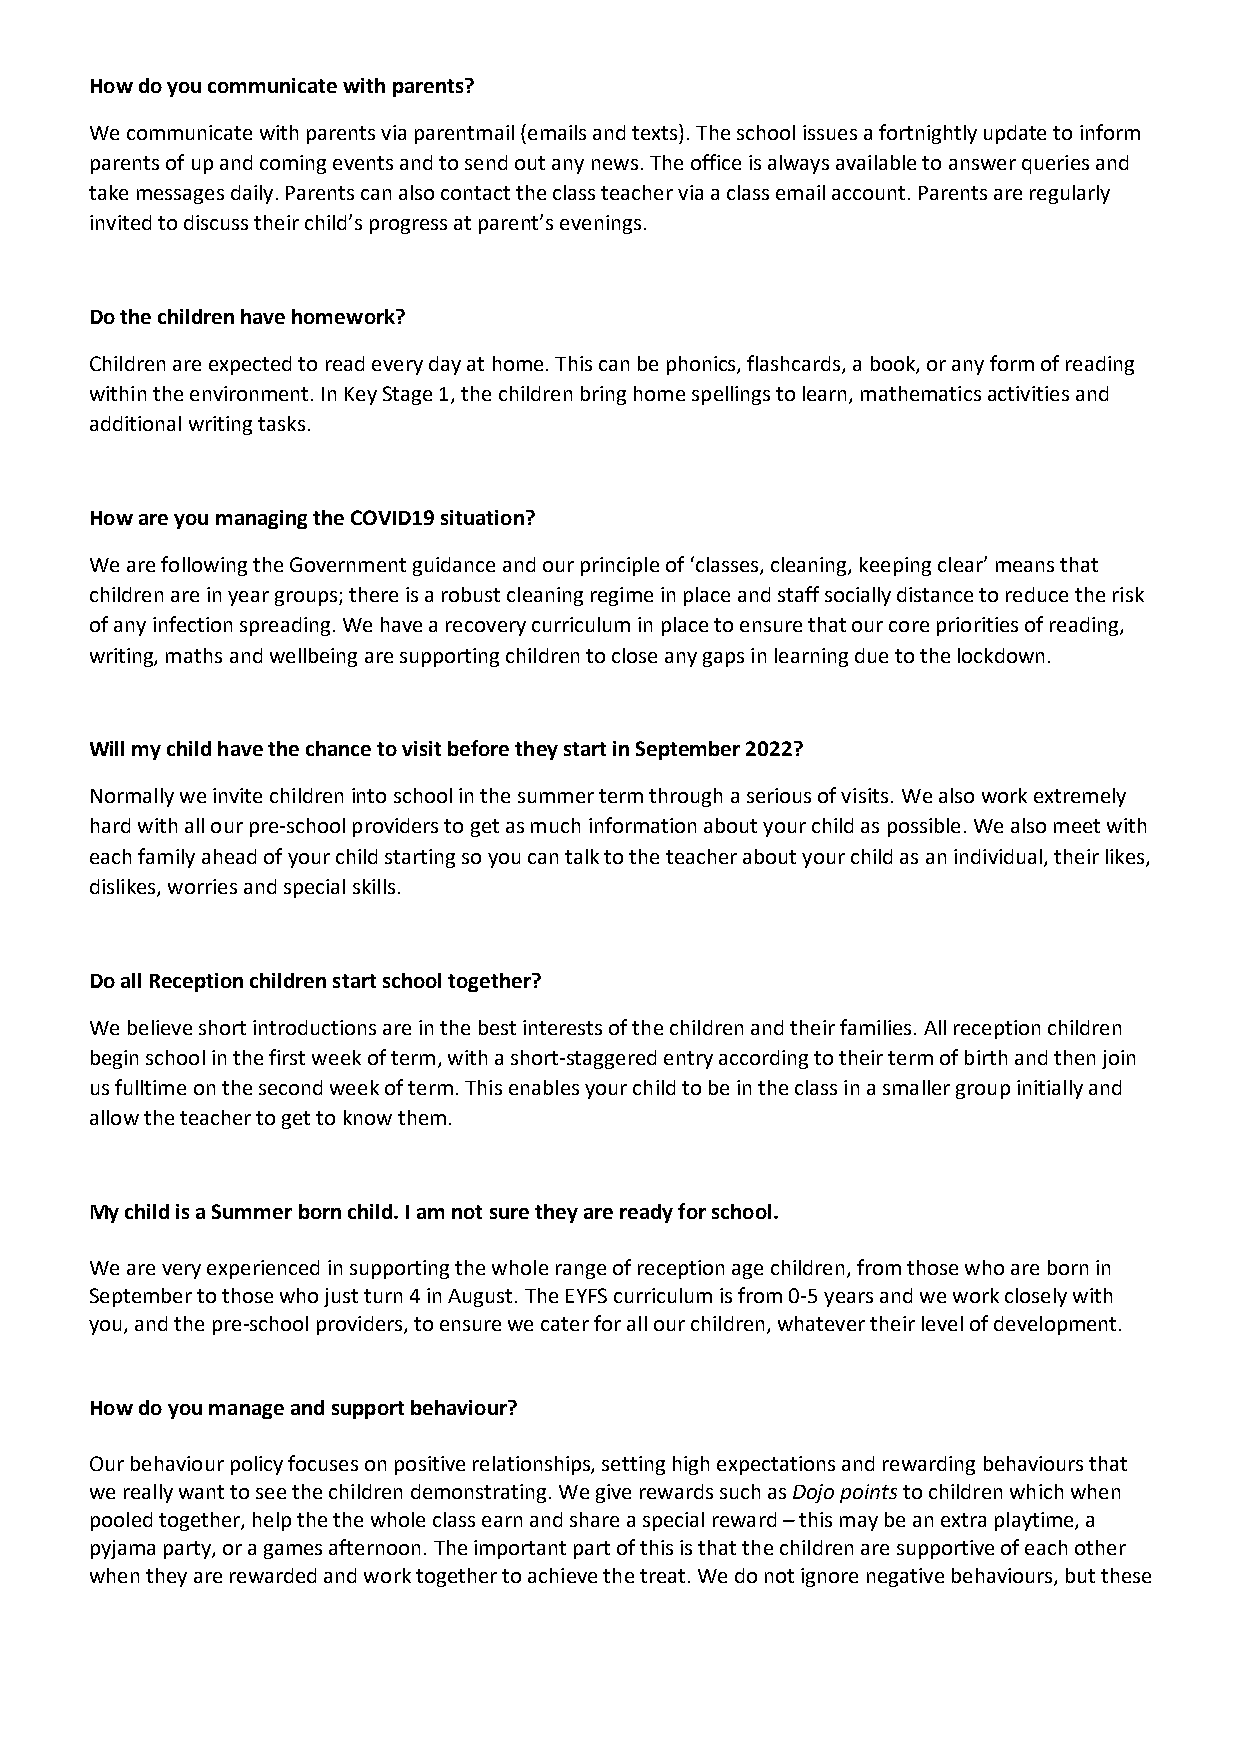
How do you communicate with parents?
 We communicate with parents via parentmail (emails and texts). The school issues a fortnightly update to inform
 parents of up and coming events and to send out any news. The office is always available to answer queries and
 take messages daily. Parents can also contact the class teacher via a class email account. Parents are regularly
 invited to discuss their child’s progress at parent’s evenings.
 Do the children have homework?
 Children are expected to read every day at home. This can be phonics, flashcards, a book, or any form of reading
 within the environment. In Key Stage 1, the children bring home spellings to learn, mathematics activities and
 additional writing tasks.
 How are you managing the COVID19 situation?
 We are following the Government guidance and our principle of ‘classes, cleaning, keeping clear’ means that
 children are in year groups; there is a robust cleaning regime in place and staff socially distance to reduce the risk
 of any infection spreading. We have a recovery curriculum in place to ensure that our core priorities of reading,
 writing, maths and wellbeing are supporting children to close any gaps in learning due to the lockdown.
 Will my child have the chance to visit before they start in September 2022?
 Normally we invite children into school in the summer term through a serious of visits. We also work extremely
 hard with all our pre-school providers to get as much information about your child as possible. We also meet with
 each family ahead of your child starting so you can talk to the teacher about your child as an individual, their likes,
 dislikes, worries and special skills.
 Do all Reception children start school together?
 We believe short introductions are in the best interests of the children and their families. All reception children
 begin school in the first week of term, with a short-staggered entry according to their term of birth and then join
 us fulltime on the second week of term. This enables your child to be in the class in a smaller group initially and
 allow the teacher to get to know them.
 My child is a Summer born child. I am not sure they are ready for school.
 We are very experienced in supporting the whole range of reception age children, from those who are born in
 September to those who just turn 4 in August. The EYFS curriculum is from 0-5 years and we work closely with
 you, and the pre-school providers, to ensure we cater for all our children, whatever their level of development.
 How do you manage and support behaviour?
 Our behaviour policy focuses on positive relationships, setting high expectations and rewarding behaviours that
 we really want to see the children demonstrating. We give rewards such as Dojo points to children which when
 pooled together, help the the whole class earn and share a special reward – this may be an extra playtime, a
 pyjama party, or a games afternoon. The important part of this is that the children are supportive of each other
 when they are rewarded and work together to achieve the treat. We do not ignore negative behaviours, but these